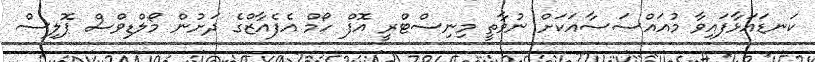
ކަނޑައަޅާފައިވާ މުއައްސަސާއަކަށް ނުވާތީ މިނިސްޓްރީ އޮފް ހޯމް އެފެއާޒްގެ ދަށުން މޯލްޑިވްސް ޕޮލިސް